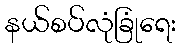
နယ်စပ်လုံခြုံရေး